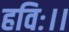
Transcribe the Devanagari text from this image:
हविः।।